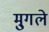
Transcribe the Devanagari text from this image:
मु्गले